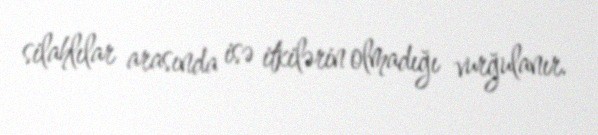
silahlılar arasında isə itkilərin olmadığı vurğulanır.